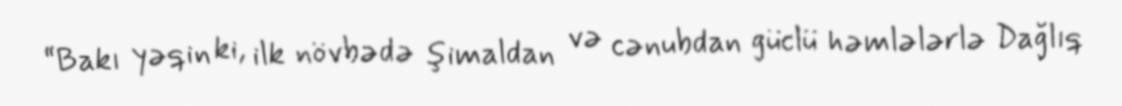
“Bakı yəqin ki, ilk növbədə şimaldan və cənubdan güclü həmlələrlə Dağlıq